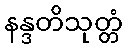
နန္ဒတိသုတ္တံ